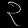
Digit: ၃